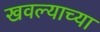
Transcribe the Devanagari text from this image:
खवल्याच्या